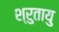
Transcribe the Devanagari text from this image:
श्रुतायु